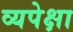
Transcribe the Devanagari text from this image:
व्यपेक्षा